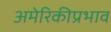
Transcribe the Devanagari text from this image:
अमेरिकीप्रभाव